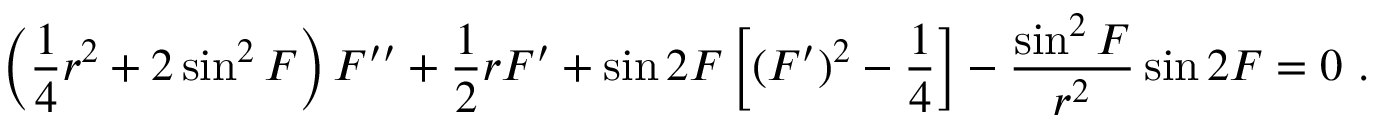
\left( \frac { 1 } { 4 } r ^ { 2 } + 2 \sin ^ { 2 } F \right) F ^ { \prime \prime } + \frac { 1 } { 2 } r F ^ { \prime } + \sin 2 F \left[ ( F ^ { \prime } ) ^ { 2 } - \frac { 1 } { 4 } \right] - \frac { \sin ^ { 2 } F } { r ^ { 2 } } \sin 2 F = 0 \ .